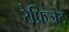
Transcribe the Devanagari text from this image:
रेफ्रिज्रेंट